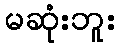
မဆုံးဘူး